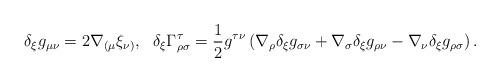
LaTeX: \begin{align*}\delta_{\xi} g_{\mu \nu } = 2 \nabla_{( \mu} \xi _{\nu) } ,\ \ \delta_{\xi} \Gamma^{\tau }_{\rho \sigma} =\frac{1}{2}g^{\tau \nu} \left(\nabla_{\rho} \delta _{\xi} g_{\sigma \nu} + \nabla_{\sigma}\delta _{\xi} g_{\rho \nu} - \nabla_{\nu} \delta _{\xi} g_{\rho \sigma}\right).\end{align*}